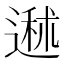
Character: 䢤